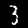
Digit: 3